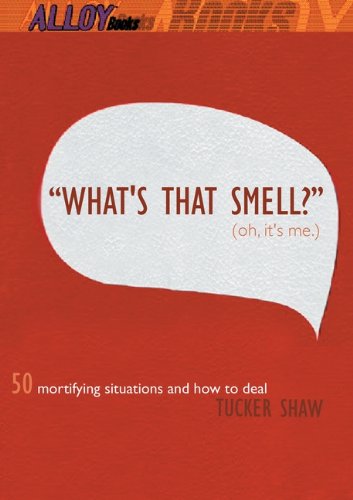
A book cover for What's That Smell? (oh, It's Me.) (Turtleback School & Library Binding Edition); Tucker Shaw; Teen & Young Adult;